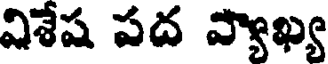
విశేష పద వ్యాఖ్య